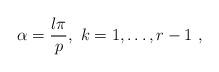
LaTeX: \begin{align*}\alpha =\frac{l\pi }{p},\, \, k=1,\ldots ,r-1\, \, ,\end{align*}